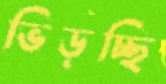
ভিড়চ্ছি